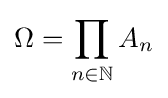
\Omega =\prod _{n\in \mathbb {N} }A_{n}